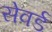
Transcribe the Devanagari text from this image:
सेवर्ड